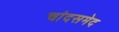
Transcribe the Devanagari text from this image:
चांदसमेद